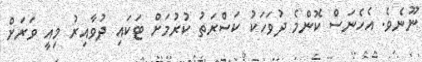
ނޫނެވެ. އެހެނަސް ކޮންމެ ދުވަހަކު ކަސްރަތު ކުރުމަށް ޓަކައި ދުވާއިރު މިއީ ވަރަށް